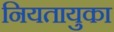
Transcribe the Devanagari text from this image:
नियतायुका